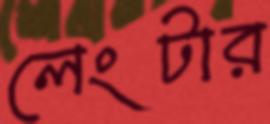
লেংটার